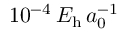
1 0 ^ { - 4 } \, E _ { \mathrm { h } } \, a _ { 0 } ^ { - 1 }